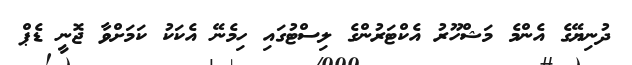
ދުނިޔޭގެ އެންމެ މަޝްހޫރު އެކްޓަރުންގެ ލިސްޓުގައި ހިމެނޭ އެކަކު ކަމަށްވާ ޖޮނީ ޑެޕް